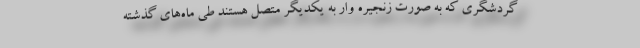
گردشگری که به صورت زنجیره وار به یکدیگر متصل هستند طی ماه‌های گذشته